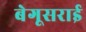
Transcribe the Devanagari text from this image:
बेगूसराई